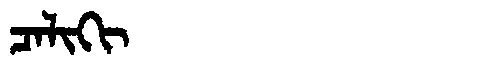
Manchu: ᠴᠠᠯᡳᡴᡳ
Romanization: CALIKI